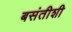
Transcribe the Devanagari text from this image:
बसंतीशी